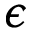
\epsilon